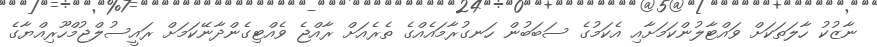
ނާޒުކު ހާލަތަކަށް ވައްޓާލުންކަމަށާއި އެކަމުގެ ސަބަބުން ހަނގުރާމައެއްގެ ތެރެއަށް ރާއްޖެ ވެއްޓިގެންދާނޭކަމަށް ރައީސުލްޖުމްހޫރިއްޔާގެ